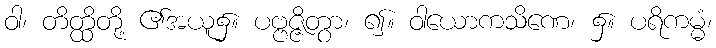
ဝါ၊ တိတ္ထိတို့ ၏အယူ၌။ ပဗ္ဗဇ္ဇိတွာ၊ ၍။ ဝါယောကသိဏေ၊ ၌။ ပရိကမ္မံ၊